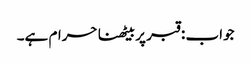
جواب : قبر پر بیٹھنا حرام ہے۔